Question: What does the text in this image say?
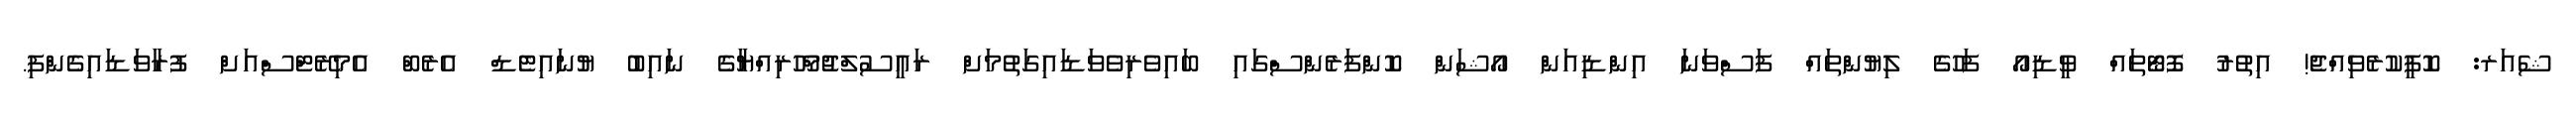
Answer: ޝެއަރ: ކޮޕީކުރެވިއްޖެ! އިތުރު ފޮޓޯތައް ވީޑިއޯ ފަހުގެ ލިޔުންތައް ފަސްވަނަ އިންޑިއަން އޯޝަން ކޮންފަރެންސްގައި ބައިވެރިވެވަޑައިގަތުމަށް ރައީސުލްޖުމްހޫރިއްޔާގެ ނައިބު ޔުނައިޓެޑް އެރެބް އެމިރޭޓްސްއަށް ފުރާވަޑައިގެންފި.